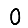
Digit: 0